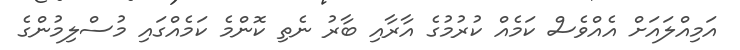
އަމިއްލައަށް އެއްވެސް ކަމެއް ކުރުމުގެ އާރާއި ބާރު ނެތި ކޮންމެ ކަމެއްގައި މުސްލިމުންގެ